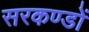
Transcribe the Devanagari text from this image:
सरकण्डों